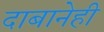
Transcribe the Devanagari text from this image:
दाबानेही